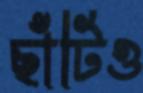
ছাঁটিও